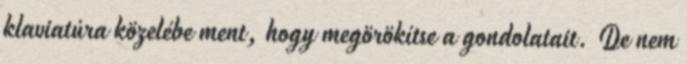
klaviatúra közelébe ment, hogy megörökítse a gondolatait. De nem